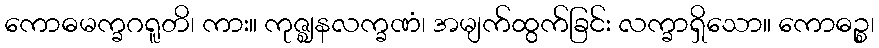
ကောဓမက္ခဂရူတိ၊ ကား။ ကုဇ္ဈနလက္ခဏံ၊ အမျက်ထွက်ခြင်း လက္ခာရှိသော။ ကောဓဉ္စ၊